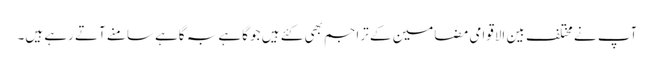
آپ نے مختلف بین الاقوامی مضامین کے تراجم بھی کئے ہیں جو گاہے بہ گاہے سامنے آتے رہے ہیں۔